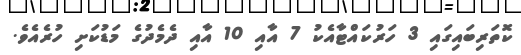
ކޮތަރިބައިގައި 3 ހަރުކައްޓާއެކު 7 އާއި 10 އާއި ދެމެދުގެ މަޑުކަށި ހުރެއެވެ.